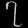
Digit: ၇